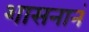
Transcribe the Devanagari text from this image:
शासनानं